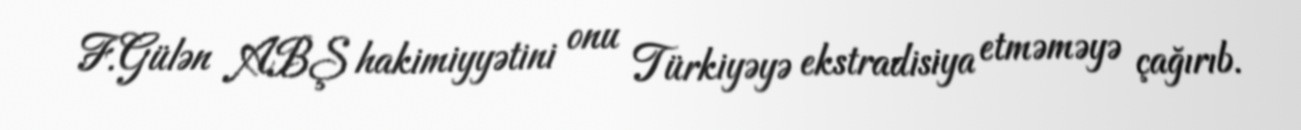
F.Gülən ABŞ hakimiyyətini onu Türkiyəyə ekstradisiya etməməyə çağırıb.